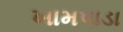
ખામપાડા